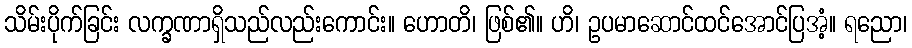
သိမ်းပိုက်ခြင်း လက္ခဏာရှိသည်လည်းကောင်း။ ဟောတိ၊ ဖြစ်၏။ ဟိ၊ ဥပမာဆောင်ထင်အောင်ပြအံ့။ ရညော၊